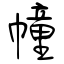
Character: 幢